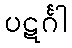
ပဋင်္ဂါ